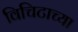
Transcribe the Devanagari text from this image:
विचिटाच्या